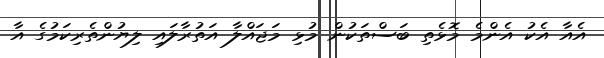
އެއާ އެކު އެންމެ މޮޅެތި ބަސްތަކުން މުޅި މަޖައްލާ އަތުރާލައި ލިޔުންތެރިކަމުގެ އާ